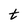
Character: t